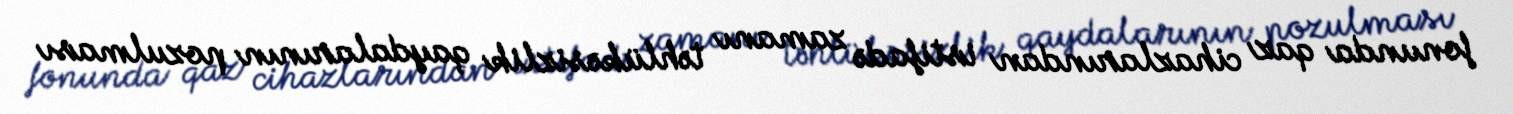
fonunda qaz cihazlarından istifadə zamanı təhlükəsizlik qaydalarının pozulması